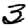
Digit: 3